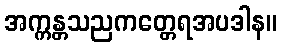
အက္ကန္တသညကတ္တေရအပဒါန။